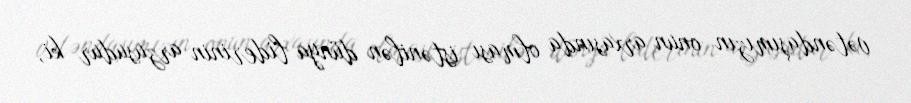
vətəndaşımızın onun arxasında olması istənilən dünya liderinin arzusudur ki,